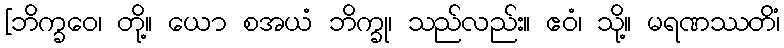
[ဘိက္ခဝေ၊ တို့။ ယော စအယံ ဘိက္ခု၊ သည်လည်း။ ဧဝံ၊ သို့။ မရဏဿတိံ၊